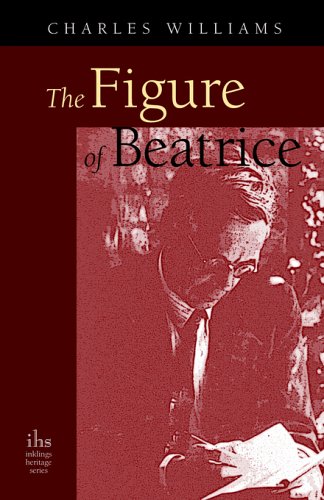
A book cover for The Figure of Beatrice; Charles Williams; Literature & Fiction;